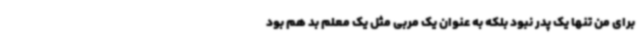
برای من تنها یک پدر نبود بلکه به عنوان یک مربی مثل یک معلم بد هم بود